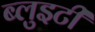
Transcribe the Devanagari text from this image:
ब्लुइटी